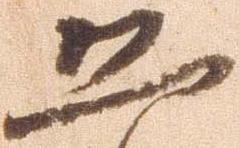
恐